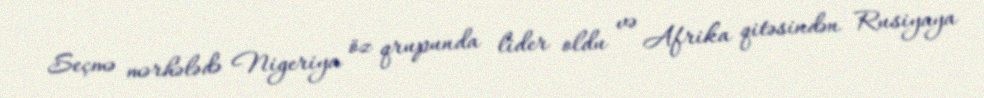
Seçmə mərhələdə Nigeriya öz qrupunda lider oldu və Afrika qitəsindən Rusiyaya